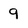
Character: 9